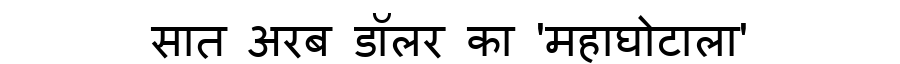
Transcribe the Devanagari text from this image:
सात अरब डॉलर का 'महाघोटाला'